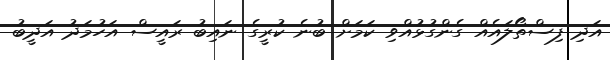
އަދި ފިސްތޯލައެއް ގެންގުޅުއްވި ކަމަށް ބުނެ ކުރީގެ ނައިބު ރައީސް އަހުމަދު އަދީބު